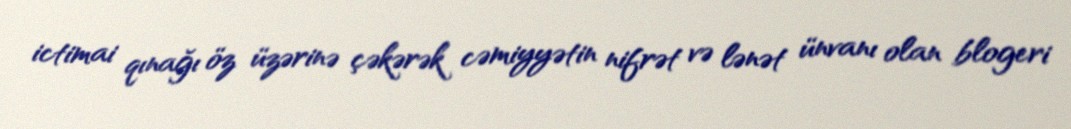
ictimai qınağı öz üzərinə çəkərək cəmiyyətin nifrət və lənət ünvanı olan blogeri